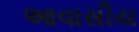
આવાસીય